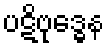
ပဋိဗုဒ္ဓေန